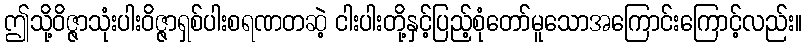
ဤသို့ဝိဇ္ဇာသုံးပါးဝိဇ္ဇာရှစ်ပါးစရဏတဆဲ့ ငါးပါးတို့နှင့်ပြည့်စုံတော်မူသောအကြောင်းကြောင့်လည်း။